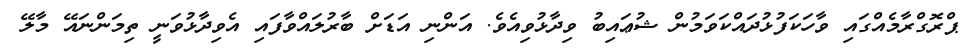
ޕްރޮގްރާމެއްގައި ވާހަކަފުޅުދައްކަވަމުން ޝުޢައިބު ވިދާޅުވިއެވެ. އަންނި އަޑަށް ބާރުލައްވާފައި އެވިދާޅުވަނީ ތިމަންނައޭ މާލޭ